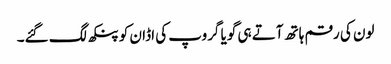
لون کی رقم ہاتھ آتے ہی گویا گروپ کی اڈان کو پنکھ لگ گئے۔